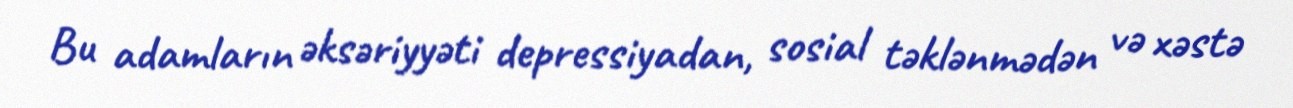
Bu adamların əksəriyyəti depressiyadan, sosial təklənmədən və xəstə